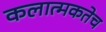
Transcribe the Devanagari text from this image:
कलात्मकतेच